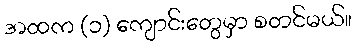
အထက (၁) ကျောင်းတွေမှာ စတင်မယ်။